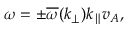
\omega = \pm \overline { { \omega } } ( k _ { \perp } ) k _ { \parallel } v _ { A } ,